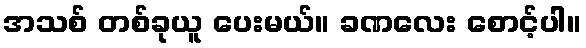
အသစ် တစ်ခုယူ ပေးမယ်။ ခဏလေး စောင့်ပါ။